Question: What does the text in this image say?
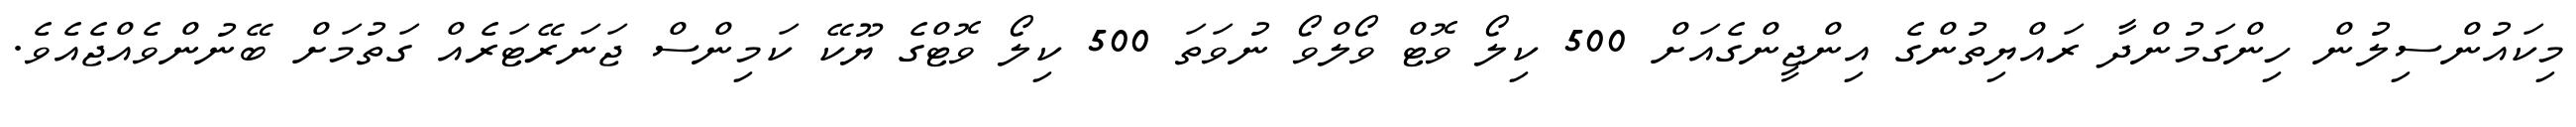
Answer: މިކައުންސިލުން ހިންގަމުންދާ ރައްޔިތުންގެ އިންޖީންގެއަށް 500 ކިލޯ ވޮޓް ވޯލްވޯ ނުވަތަ 500 ކިލޯ ވޮޓްގެ ޔޫކޭ ކަމިންސް ޖަނަރޭޓަރެއް ގަތުމަށް ބޭނުންވެއްޖެއެވެ.